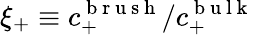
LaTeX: \xi_{+}\equiv c_{+}^{\mathrm{~b~r~u~s~h~}}/c_{+}^{\mathrm{~b~u~l~k~}}